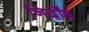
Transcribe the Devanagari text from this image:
निर्दोंष